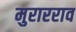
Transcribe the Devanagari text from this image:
मुरारराव